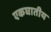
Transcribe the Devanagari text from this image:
एकघातीय